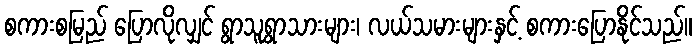
စကားစမြည် ပြောလိုလျှင် ရွာသူရွာသားများ၊ လယ်သမားများနှင့် စကားပြောနိုင်သည်။